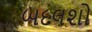
બદલશો